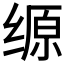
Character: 𰬲